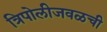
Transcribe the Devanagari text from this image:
त्रिपोलीजवळची